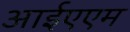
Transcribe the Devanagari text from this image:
आईएएम